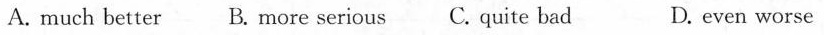
A. much better B. more serious C. quite bad D. even worse